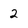
Character: 2